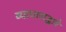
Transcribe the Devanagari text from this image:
व्यापाराद्वारे